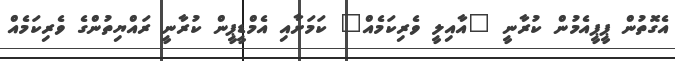
އެގޮތުން ޕީޕީއެމުން ކުރާނީ "އާއިލީ ވެރިކަމެއް" ކަމަށާއި އެމްޑީޕީން ކުރާނީ ރައްޔިތުންގެ ވެރިކަމެއް